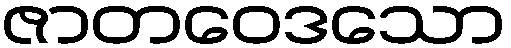
ဇာတဝေဒသော